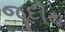
જૂદીથ